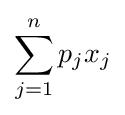
\sum _{j=1}^{n}p_{j}x_{j}